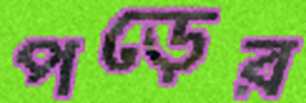
পড়ের